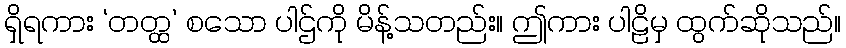
ရှိရကား ‘တတ္ထ’ စသော ပါဌ်ကို မိန့်သတည်း။ ဤကား ပါဠိမှ ထွက်ဆိုသည်။